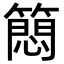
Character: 䉍